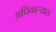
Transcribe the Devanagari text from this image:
अधिकार्‍यास